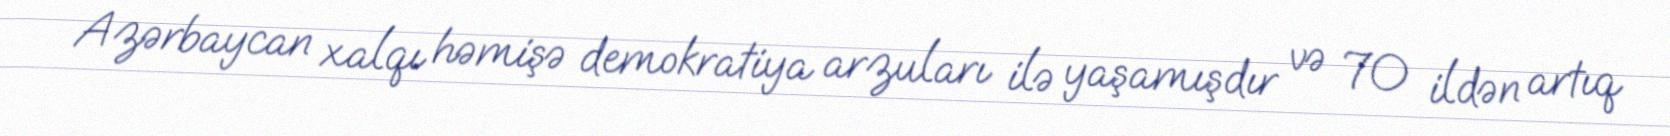
Azərbaycan xalqı həmişə demokratiya arzuları ilə yaşamışdır və 70 ildən artıq